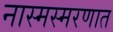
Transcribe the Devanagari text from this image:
नास्मस्मरणात